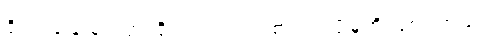
ရိုင်း၊ ခဲ နဲ့ ခဲသတ္တု ရိုင်း၊ ပင်လယ်စာ တင်ပို့မှုတို့ ဖြစ်ပါတယ်။